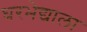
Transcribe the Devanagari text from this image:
घरभेद्याला